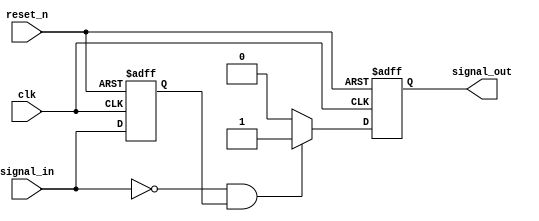
module negative_edge_detector (
    input wire clk,          // Clock signal
    input wire reset_n,      // Active-low reset signal
    input wire signal_in,    // Input signal to monitor
    output reg signal_out    // Output pulse indicating negative edge
);

    reg prev_signal;         // Register to store the previous state of signal_in

    // Sequential logic to detect negative edge
    always @(posedge clk or negedge reset_n) begin
        if (!reset_n) begin
            prev_signal <= 1'b0; // Initialize prev_signal on reset
            signal_out <= 1'b0;   // Initialize signal_out on reset
        end else begin
            // Update the previous signal state
            prev_signal <= signal_in;

            // Detect negative edge
            if (signal_in == 1'b0 && prev_signal == 1'b1) begin
                signal_out <= 1'b1; // Set output high for one clock cycle
            end else begin
                signal_out <= 1'b0;  // Set output low otherwise
            end
        end
    end

endmodule